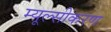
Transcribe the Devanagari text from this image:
म्यूल्सीकरण